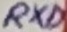
Text: RXD